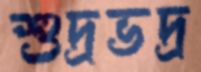
শুদ্রভদ্র